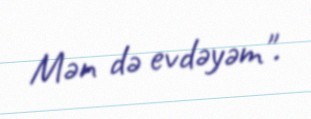
Mən də evdəyəm".